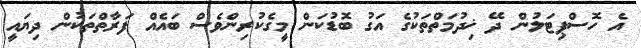
އެ ހޮސްޕިޓަލުން ދޭ ޚިދުމަތްތަކުގެ އަގު ބޮޑުކަން މީގެކުރިންވެސް ބައެއް ފަރާތްތަކުން ދިޔައީ